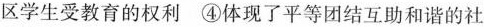
区学生受教育的权利④体现了平等团结互助和谐的社